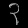
Digit: ၃